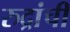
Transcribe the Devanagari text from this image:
रुद्रांचीं